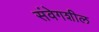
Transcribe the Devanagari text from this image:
संवेगशील